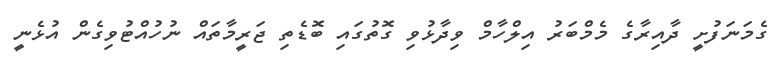
ގެމަނަފުށީ ދާއިރާގެ މެމްބަރު އިލްހާމް ވިދާޅުވި ގޮތުގައި ބޮޑެތި ޖަރީމާތައް ނުހުއްޓުވިގެން އުޅެނީ